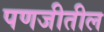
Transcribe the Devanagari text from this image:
पणजीतील